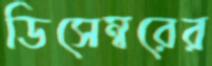
ডিসেম্বরের